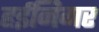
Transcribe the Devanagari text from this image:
हईनिगर